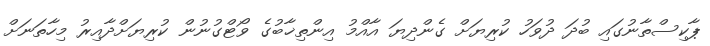
ޕާކިސްތާނުގައި ބުދަ ދުވަހު ކުރިޔަށް ގެންދިޔަ އާއްމު އިންތިޚާބުގެ ވޯޓްގުނުން ކުރިޔަށްދާއިރު މިހާތަނަށް